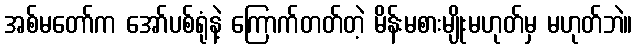
အစ်မတော်က အော်ပစ်ရုံနဲ့ ကြောက်တတ်တဲ့ မိန်းမစားမျိုးမဟုတ်မှ မဟုတ်ဘဲ။